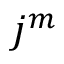
j ^ { m }